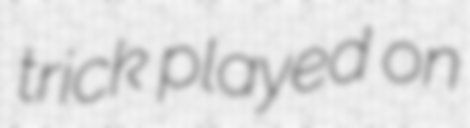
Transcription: trick played on